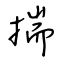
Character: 揣